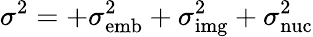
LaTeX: \sigma^{2}=+\sigma_{\mathrm{emb}}^{2}+\sigma_{\mathrm{img}}^{2}+\sigma_{\mathrm{nuc}}^{2}